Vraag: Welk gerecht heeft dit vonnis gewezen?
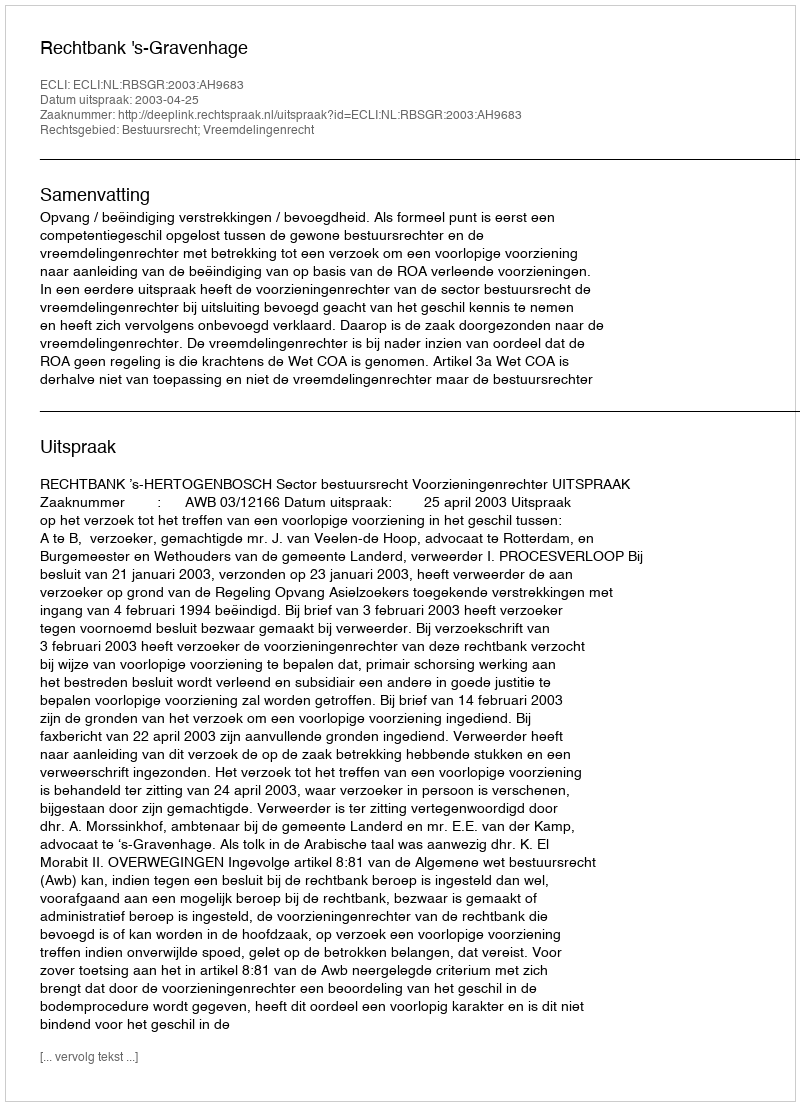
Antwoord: Rechtbank 's-Gravenhage